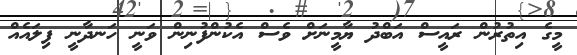
މީގެ އިތުރުން ރައީސް އަބްދު ޔާމީނަށް ވެސް އެކުންފުނިން ވަނީ ހަނދާނީ ފިލައެއް